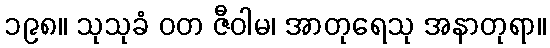
၁၉၈။ သုသုခံ ဝတ ဇီဝါမ၊ အာတုရေသု အနာတုရာ။